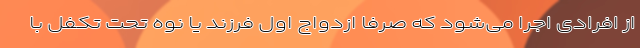
از افرادی اجرا می‌شود که صرفا ازدواج اول فرزند یا نوه تحت تکفل با